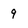
Character: 9